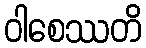
ဝါစေဿတိ